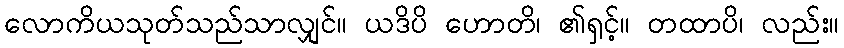
လောကိယသုတ်သည်သာလျှင်။ ယဒိပိ ဟောတိ၊ ၏ရှင့်။ တထာပိ၊ လည်း။